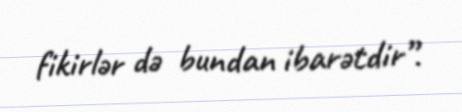
fikirlər də bundan ibarətdir”.